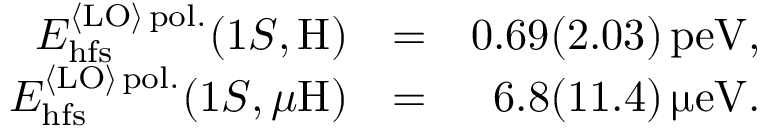
\begin{array} { r l r } { E _ { \mathrm { h f s } } ^ { { \langle \mathrm { L O } \rangle } \, \mathrm { p o l . } } ( 1 S , \mathrm { H } ) } & { = } & { 0 . 6 9 ( 2 . 0 3 ) \, \mathrm { p e V } , } \\ { E _ { \mathrm { h f s } } ^ { { \langle \mathrm { L O } \rangle } \, \mathrm { p o l . } } ( 1 S , \mu \mathrm { H } ) } & { = } & { 6 . 8 ( 1 1 . 4 ) \, \upmu \mathrm { e V } . } \end{array}